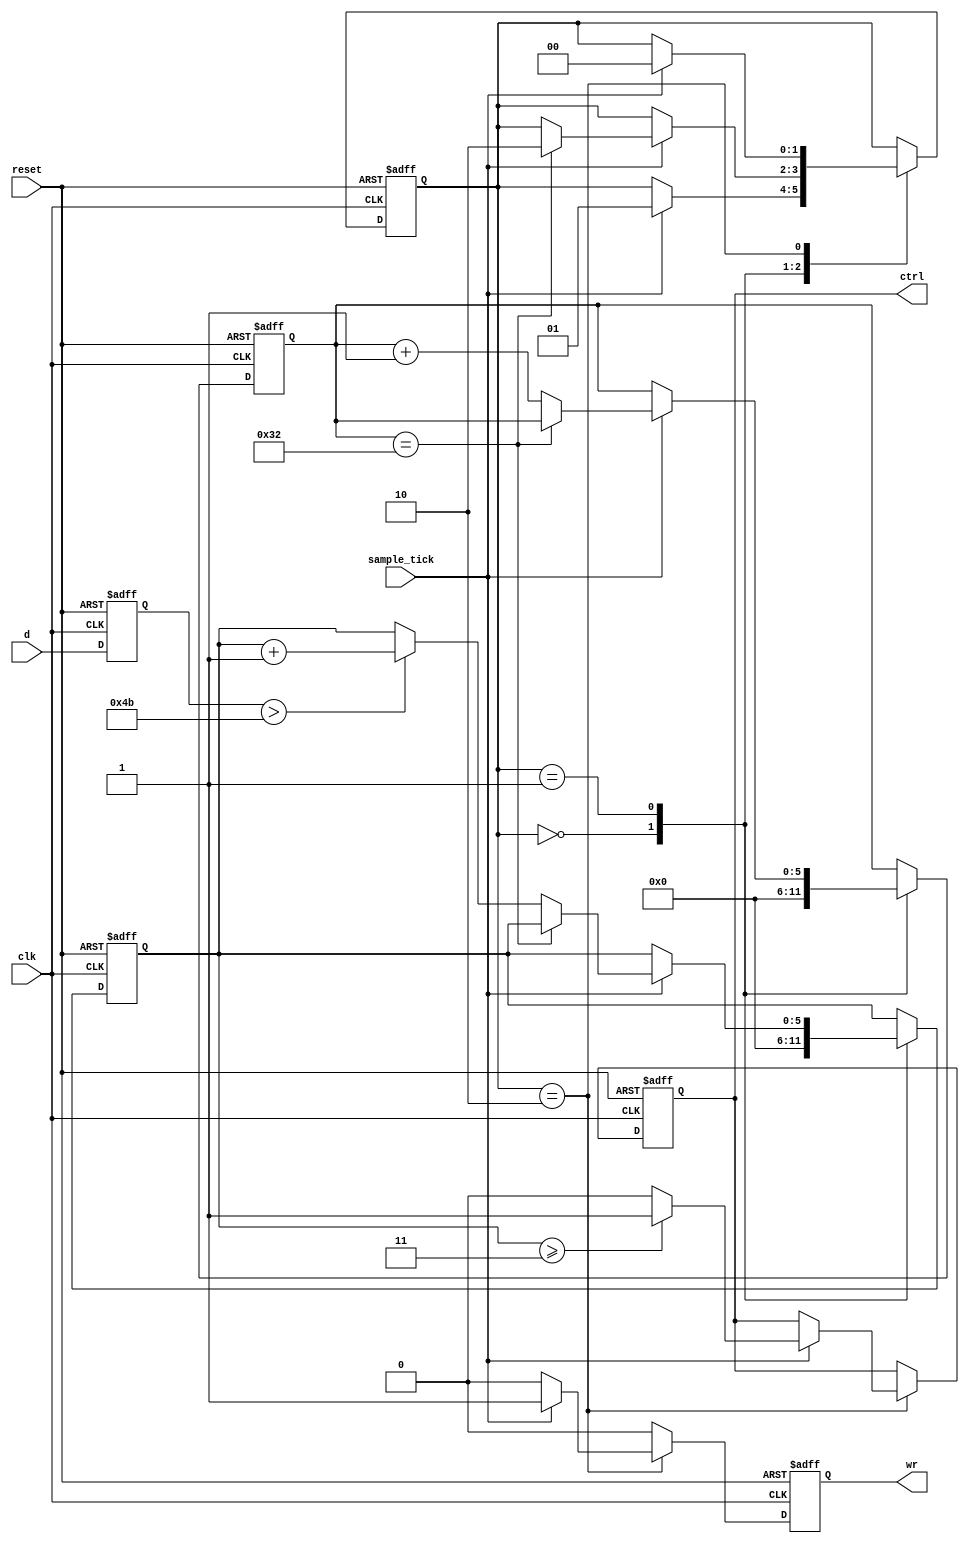
module processing_unit
  #(
    parameter k=50,     //no. samples needed
              k_th=3,   //no. samples 'threshold'
              th_val=8'd75 //signal amplitude 'threshold'
  )
  (
  input wire clk, reset,
  input wire sample_tick, //samples rate
  input wire [7:0] d,     //input signal
  output wire ctrl, wr
  );
  
  //symbolic state declaration
  localparam [1:0]
    idle = 2'b00,
    read = 2'b01,
    compare = 2'b10;
    
  //signal declaration
  reg [1:0] state_reg, state_next;
  reg [5:0] cmp_succ_reg, cmp_succ_next;
  reg [5:0] n_reg, n_next;
  reg [7:0] s_reg;
  reg ctrl_reg, ctrl_next;
  reg wr_reg, wr_next;
  
  //body
  
  //FSMD state & data registers
  always@(posedge clk, posedge reset)
    if (reset)
      begin
        state_reg <= idle;
        cmp_succ_reg <= 0;
        n_reg <= 0;
        s_reg <= 8'b0;
        ctrl_reg <= 0;
        wr_reg <= 0;
      end
    else
      begin
        state_reg <= state_next;
        ctrl_reg <= ctrl_next;
		  s_reg <= d;
        wr_reg <= wr_next;
        cmp_succ_reg <= cmp_succ_next;
        n_reg <= n_next;
      end
        
  //next state logic
  always@*
    begin
      state_next = state_reg;
      cmp_succ_next = cmp_succ_reg;
      n_next = n_reg;
      ctrl_next = ctrl_reg;
      wr_next = 0;
      
      case(state_reg)
        idle:
          begin
            cmp_succ_next = 0;
            n_next = 0;
            if(sample_tick)
              begin
                wr_next = 0;
                state_next = read;
              end
          end
          
        read:
          if(sample_tick)
            if(n_reg==k)
              state_next = compare;
            else 
              begin
                n_next = n_reg + 1;
                if(s_reg > th_val)
                  cmp_succ_next = cmp_succ_reg + 1;
              end
              
        compare:
          if(sample_tick)
            if(cmp_succ_reg >= k_th)
            begin
              ctrl_next = 1;
              wr_next = 1;
              state_next =idle;
            end
            else
            begin
              ctrl_next = 0;
              wr_next = 1;
              state_next =idle;
            end
            
      endcase
    end
    
  //output
  assign ctrl = ctrl_reg;
  assign wr = wr_reg;
  
endmodule